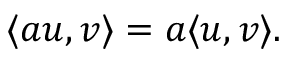
\langle a u , v \rangle = a \langle u , v \rangle .